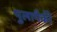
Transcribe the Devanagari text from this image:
पुलापैकी